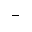
-